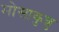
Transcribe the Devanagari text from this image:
मोसाकुन्नु